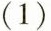
（1）